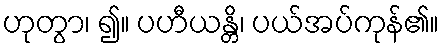
ဟုတွာ၊ ၍။ ပဟီယန္တိ၊ ပယ်အပ်ကုန်၏။